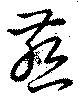
燕